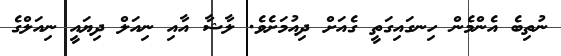
ނުތިބެ އެންމެން ހިނގައިގަތީ ގެއަށް ދިއުމަށެވެ. ލާޝާ އާއި ނިއަލް ދިޔައީ ނިއަލްގެ